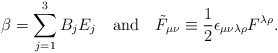
\begin{align*}\beta=\sum_{j=1}^3B_jE_j \quad \mbox{and} \quad {\tilde F}_{\mu\nu}\equiv\frac12\epsilon_{\mu\nu\lambda\rho}F^{\lambda\rho}.\end{align*}